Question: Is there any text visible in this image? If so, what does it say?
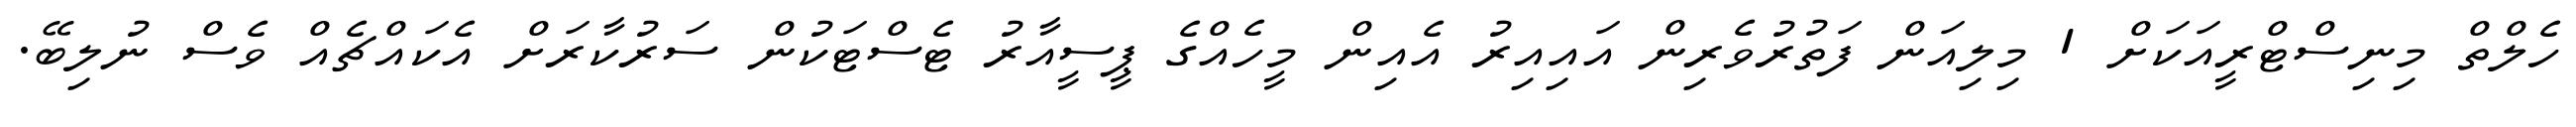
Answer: ހެލްތް މިނިސްޓްރީއަކަށް 1 މިލިއަން ފަތުރުވެރިން އައިއިރު އެއިން މީހެއްގެ ޕީސީއާރު ޓެސްޓަކުން ސަރުކާރަށް އެކައްޗެއް ވެސް ނުލިބޭ.